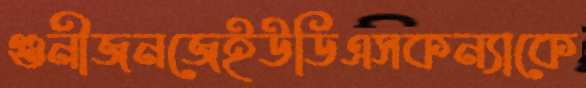
গুনীজনজেইউডিএসকন্যাকে